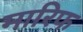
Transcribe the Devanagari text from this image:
मारिफ